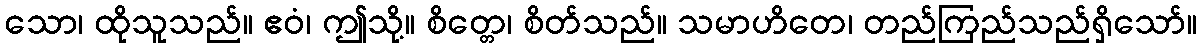
သော၊ ထိုသူသည်။ ဧဝံ၊ ဤသို့။ စိတ္တေ၊ စိတ်သည်။ သမာဟိတေ၊ တည်ကြည်သည်ရှိသော်။